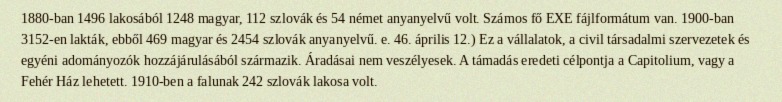
1880-ban 1496 lakosából 1248 magyar, 112 szlovák és 54 német anyanyelvű volt. Számos fő EXE fájlformátum van. 1900-ban 3152-en lakták, ebből 469 magyar és 2454 szlovák anyanyelvű. e. 46. április 12.) Ez a vállalatok, a civil társadalmi szervezetek és egyéni adományozók hozzájárulásából származik. Áradásai nem veszélyesek. A támadás eredeti célpontja a Capitolium, vagy a Fehér Ház lehetett. 1910-ben a falunak 242 szlovák lakosa volt.